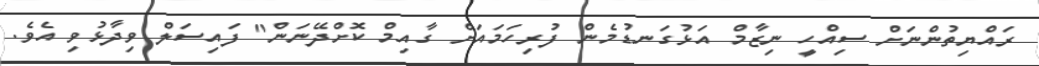
ރައްޔިތުންނަށް ސިއްހީ ނިޒާމް އަޅުގަނޑުމެން ފުރިހަމައަށް ގާއިމް ކޮށްދޭނަން" ފައިސަލް ވިދާޅުވި އެވެ.